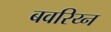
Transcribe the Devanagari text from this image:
बवरिय्न